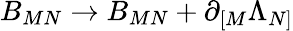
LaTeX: B_{MN}\rightarrow B_{MN}+\partial_{[M}\Lambda_{N]}